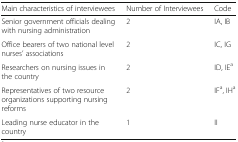
<table><thead><tr><td><b>Main characteristics of interviewees</b></td><td><b>Number of Interviewees</b></td><td><b>Code</b></td></tr></thead><tbody><tr><td>Senior government officials dealing with nursing administration</td><td>2</td><td>IA, IB</td></tr><tr><td>Office bearers of two national level nurses’ associations</td><td>2</td><td>IC, IG</td></tr><tr><td>Researchers on nursing issues in the country</td><td>2</td><td>ID, IE<sup>a</sup></td></tr><tr><td>Representatives of two resource organizations supporting nursing reforms</td><td>2</td><td>IF<sup>a</sup>, IH<sup>a</sup></td></tr><tr><td>Leading nurse educator in the country</td><td>1</td><td>II</td></tr></tbody></table>